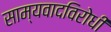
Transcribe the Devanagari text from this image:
साम्यवादविरोधी